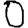
Digit: 0